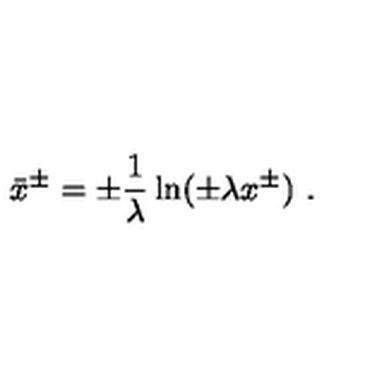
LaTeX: \bar { x } ^ { \pm } = \pm { \frac { 1 } { \lambda } } \ln ( \pm \lambda x ^ { \pm } ) \ .